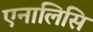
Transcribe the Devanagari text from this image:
एनालिसि